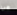
هي